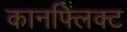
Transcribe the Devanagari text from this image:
कानफ्लिक्ट